Report on vaccination in Madras 1877-1894 - 1877-1894
Year: 1877
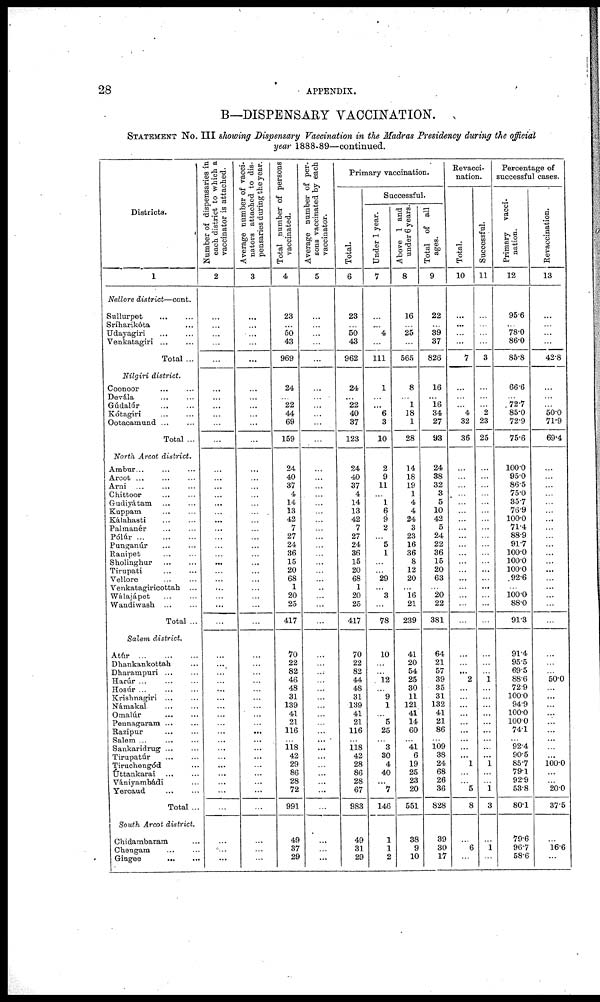
28
APPENDIX.
B—DISPENSARY VACCINATION.
STATEMENT No.III showing Dispensary Vaccination in the Madras Presidency during the official
year 1888-89—continued.
Districts.
1
Nellore district—cont.
Sullurpet
...
...
Sriharikóta ...
Udayagiri
...
...
Venkatagiri
...
...
Total ...
Nilgiri district.
Coonoor ... ...
Devála
...
...
Gúdalúr
...
...
Kótagiri
...
...
Ootacamund ... ...
Total ...
North Arcot district.
Ambur
...
...
...
Arcot
...
...
...
Arni
...
...
...
Chittoor
...
...
Gudiyátam
...
...
Kappam
...
...
Kálahasti
...
...
Palmanér
...
...
Pólúr...
...
...
Punganúr
...
...
Ranipet
...
...
Sholinghur
...
...
Tirupati
...
...
Vellore
...
...
Venkatagiricottah ...
Wátajápet
...
...
Wandiwash
...
...
Total ...
Salem district.
Atúr
...
...
...
Dhankankottah ...
Dharampuri
...
...
Harúr
...
...
...
Hosúr
...
...
...
Krishnagiri
...
...
Námakal
...
...
Omalúr
...
...
Pennagaram ... ...
Razipur
...
...
Salem
...
...
...
Sankaridrug ... ...
Tirupatúr
...
...
Tiruchengód ...
Uttankarai
...
...
Vániyambádi ...
Yercaud
...
...
Total ...
South Arcot district.
Chidambaram ...
Chengam
...
...
Gingee
...
...
Number of dispensaries in
each district to which a
vaccinator is attached.
2
...
...
...
...
...
...
...
...
...
...
...
...
...
...
...
...
...
...
...
...
...
...
...
...
...
...
...
...
...
...
...
...
...
...
...
...
...
...
...
...
...
...
...
...
...
...
...
...
...
...
Average number of vacci-
nators attached to dis-
pensaries during the year.
3
...
...
...
...
...
...
...
...
...
...
...
...
...
...
...
...
...
...
...
...
...
...
...
...
...
...
...
...
...
...
...
...
...
...
...
...
...
...
...
...
...
...
...
...
...
...
...
...
...
...
Total number of persons
vaccinated.
4
23
...
50
43
969
24
...
22
44
69
159
24
40
37
4
14
13
42
7
27
24
36
15
20
68
1
20
25
417
70
22
82
46
48
31
139
41
21
116
...
118
42
29
86
28
72
991
49
37
29
Average number of per-
sons vaccinated by each
vaccinator.
5
...
...
...
...
...
...
...
...
...
...
...
...
...
...
...
...
...
...
...
...
...
...
...
...
...
...
...
...
...
...
...
...
...
...
...
...
...
...
...
...
...
...
...
...
...
...
...
...
...
...
Primary vaccination.
Total.
6
23
...
50
43
962
24
...
22
40
37
123
24
40
37
4
14
13
42
7
27
24
36
15
20
68
1
20
25
417
70
22
82
44
48
31
139
41
21
116
...
118
42
28
86
28
67
983
49
31
29
Successful.
Under 1 year.
7
...
...
4
...
111
1
...
...
6
3
10
2
9
11
...
1
6
9
2
...
5
1
...
...
29
...
3
...
78
10
...
...
12
...
9
1
...
5
25
...
3
30
4
40
...
7
146
1
1
2
Above 1 and
under 6 years.
8
16
...
25
...
565
8
...
1
18
1
28
14
18
19
1
4
4
24
3
23
16
36
8
12
20
...
16
21
239
41
20
54
25
30
11
121
41
14
60
...
41
6
19
25
23
20
551
38
9
10
Total of all
ages.
9
22
...
39
37
826
16
...
16
34
27
93
24
38
32
3
5
10
42
5
24
22
36
15
20
63
...
20
22
381
64
21
57
39
35
31
132
41
21
86
...
109
38
24
68
26
36
828
39
30
17
Revacci¬
nation.
Total.
10
...
...
...
...
7
...
...
...
4
32
36
...
...
...
...
...
...
...
...
...
...
...
...
...
...
...
...
...
...
...
...
...
2
...
...
...
...
...
...
...
...
...
1
...
...
5
8
...
6
...
Successful.
11
...
...
...
...
3
...
...
...
2
23
25
...
...
...
...
...
...
...
...
...
...
...
...
...
...
...
...
...
...
...
...
...
1
...
...
...
...
...
...
...
...
...
1
...
...
1
3
...
1
...
Percentage of
successful cases.
Primary vacci-
nation.
12
95.6
...
78.0
86.0
85.8
66.6
...
72.7
85.0
72.9
75.6
100.0
95.0
86.5
75.0
35.7
76.9
100.0
71.4
88.9
91.7
100.0
100.0
100.0
92.6
...
100.0
88.0
91.3
91.4
95.5
69.5
88.6
72.9
100.0
94.9
100.0
100.0
74.1
...
92.4
90.5
85.7
79.1
92.9
53.8
80.1
79.6
96.7
58.6
Revaccination.
13
...
...
...
...
42.8
...
...
...
50.0
71.9
69.4
...
...
...
...
...
...
...
...
...
...
...
...
...
...
...
...
...
...
...
...
...
50.0
...
...
...
...
...
...
...
...
...
100.0
...
...
20.0
37.5
...
16.6
...